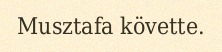
Musztafa követte.